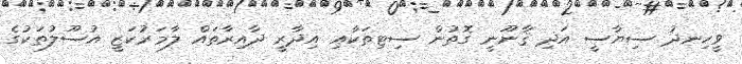
ވީހިނދު ސިޔާސީ އަދި ޤާނޫނީ ގޮތުން ސިޓިތަކާއި އިދާރީ ދާއިރާތައް ލާމަރުކަޒީ އުސޫލުތަކުގެ